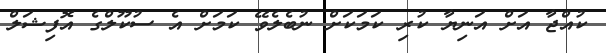
ކުއްޖާ އަށް އަނިޔާ ކުރި ކަމަކަށް ނުބެލެވޭ ކަމަށް އެ ސުކޫލްގެ އޮފިޝަލް